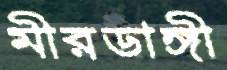
মীরডাঙ্গী